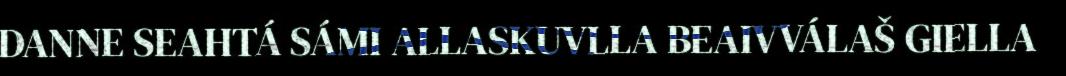
DANNE SEAHTÁ SÁMI ALLASKUVLLA BEAIVVÁLAŠ GIELLA